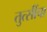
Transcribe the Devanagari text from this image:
तुत्‍सींचा